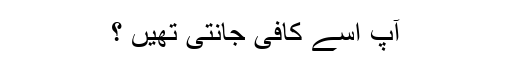
آپ اسے کافی جانتی تھیں ؟